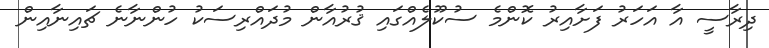
ދިރާސީ އާ އަހަރު ފަށާއިރު ކޮންމެ ސުކޫލެއްގައި ޤުރުއާން މުދައްރިސަކު ހުންނާނެ ޗައިނާއިން